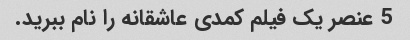
5 عنصر یک فیلم کمدی عاشقانه را نام ببرید.